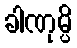
ခါဏုမ္ပိ